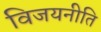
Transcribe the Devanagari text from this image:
विजयनीति